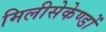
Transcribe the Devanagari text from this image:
मिलीसेकेण्डों